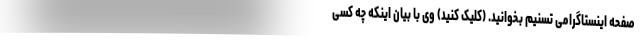
صفحه اینستاگرامی تسنیم بخوانید. (کلیک کنید) وی با بیان اینکه چه کسی